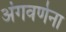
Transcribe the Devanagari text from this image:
अंगवर्णना